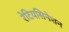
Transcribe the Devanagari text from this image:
रेटियसिनेशन